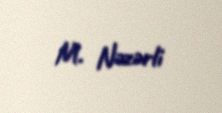
M. Nəzərli